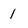
Character: 1